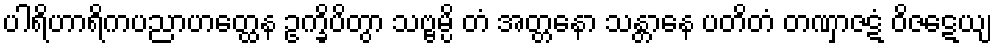
ပါရိဟာရိကပညာဟတ္ထေန ဥက္ခိပိတွာ သဗ္ဗမ္ပိ တံ အတ္တနော သန္တာနေ ပတိတံ တဏှာဇဋံ ဝိဇဋေယျ